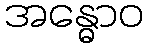
အန္ဓောဝ